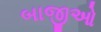
બાજીઓ